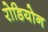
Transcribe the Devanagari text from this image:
रोडियोन